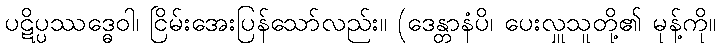
ပဋိပ္ပဿဒ္ဓေဝါ၊ ငြိမ်းအေးပြန်သော်လည်း။ (ဒေန္တာနံပိ၊ ပေးလှူသူတို့၏ မုန့်ကို။